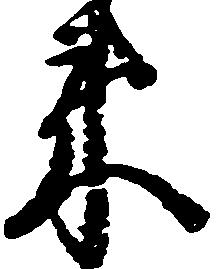
来